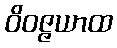
ဝိဝဇ္ဇယာထ